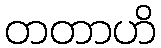
တတာဟိ